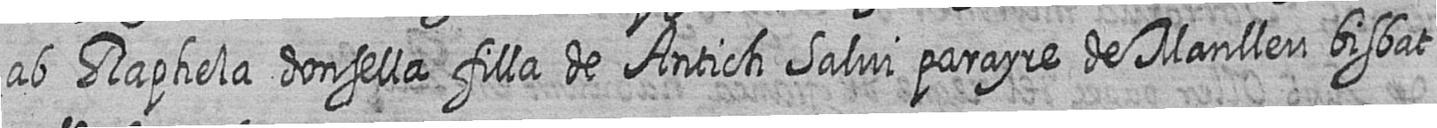
ab Raphela donsella filla de Antich Salvi parayre de Manlleu bisbat